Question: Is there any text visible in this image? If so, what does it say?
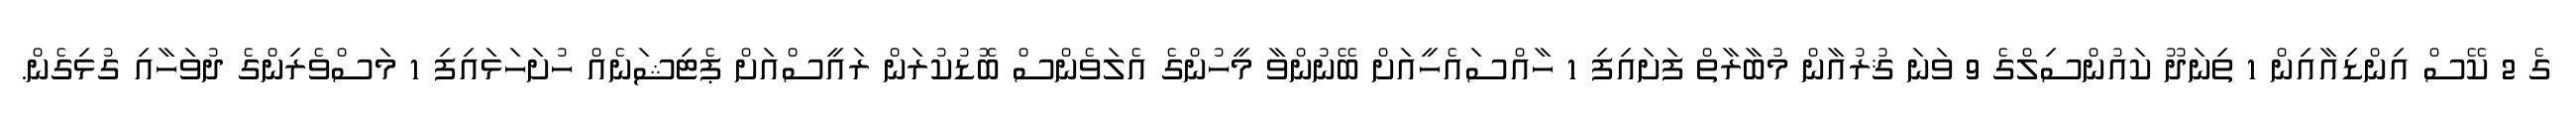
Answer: ގެ 2 ކޭސް އިންޑިއާއިން 1 ތިނަދޫ ކައުންސިލްގެ 9 ވަނަ ޤުރުއާން މުބާރާތް ފަށައިފި 1 ހާއްސައެހީއަށް ބޭނުންވާ މީހުންގެ އެލަވެންސް ބޮޑުކުރަން ރައީސްއަށް ޕެޓިޝަނެއް ހުށަހަޅައިފި 1 މަސްވެރިންގެ ދުވަހާއި ގުޅިގެން.